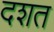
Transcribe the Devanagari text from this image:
दशत